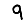
Digit: 9